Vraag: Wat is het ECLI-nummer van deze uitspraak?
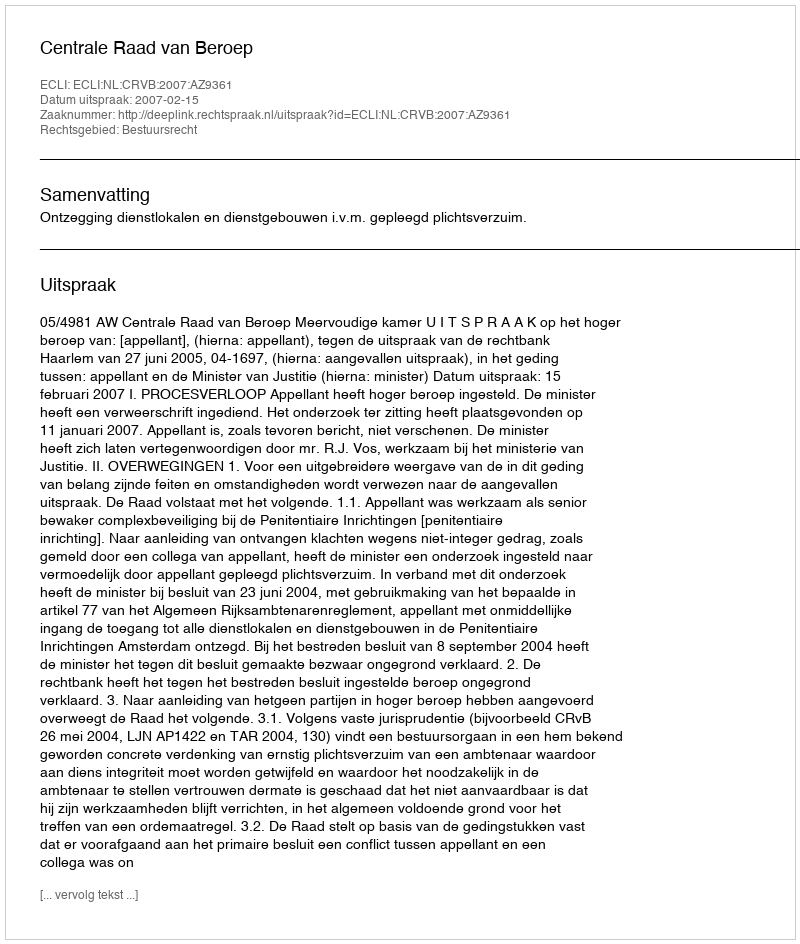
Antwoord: ECLI:NL:CRVB:2007:AZ9361